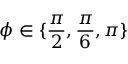
\phi \in \{ \frac { \pi } { 2 } , \frac { \pi } { 6 } , \pi \}